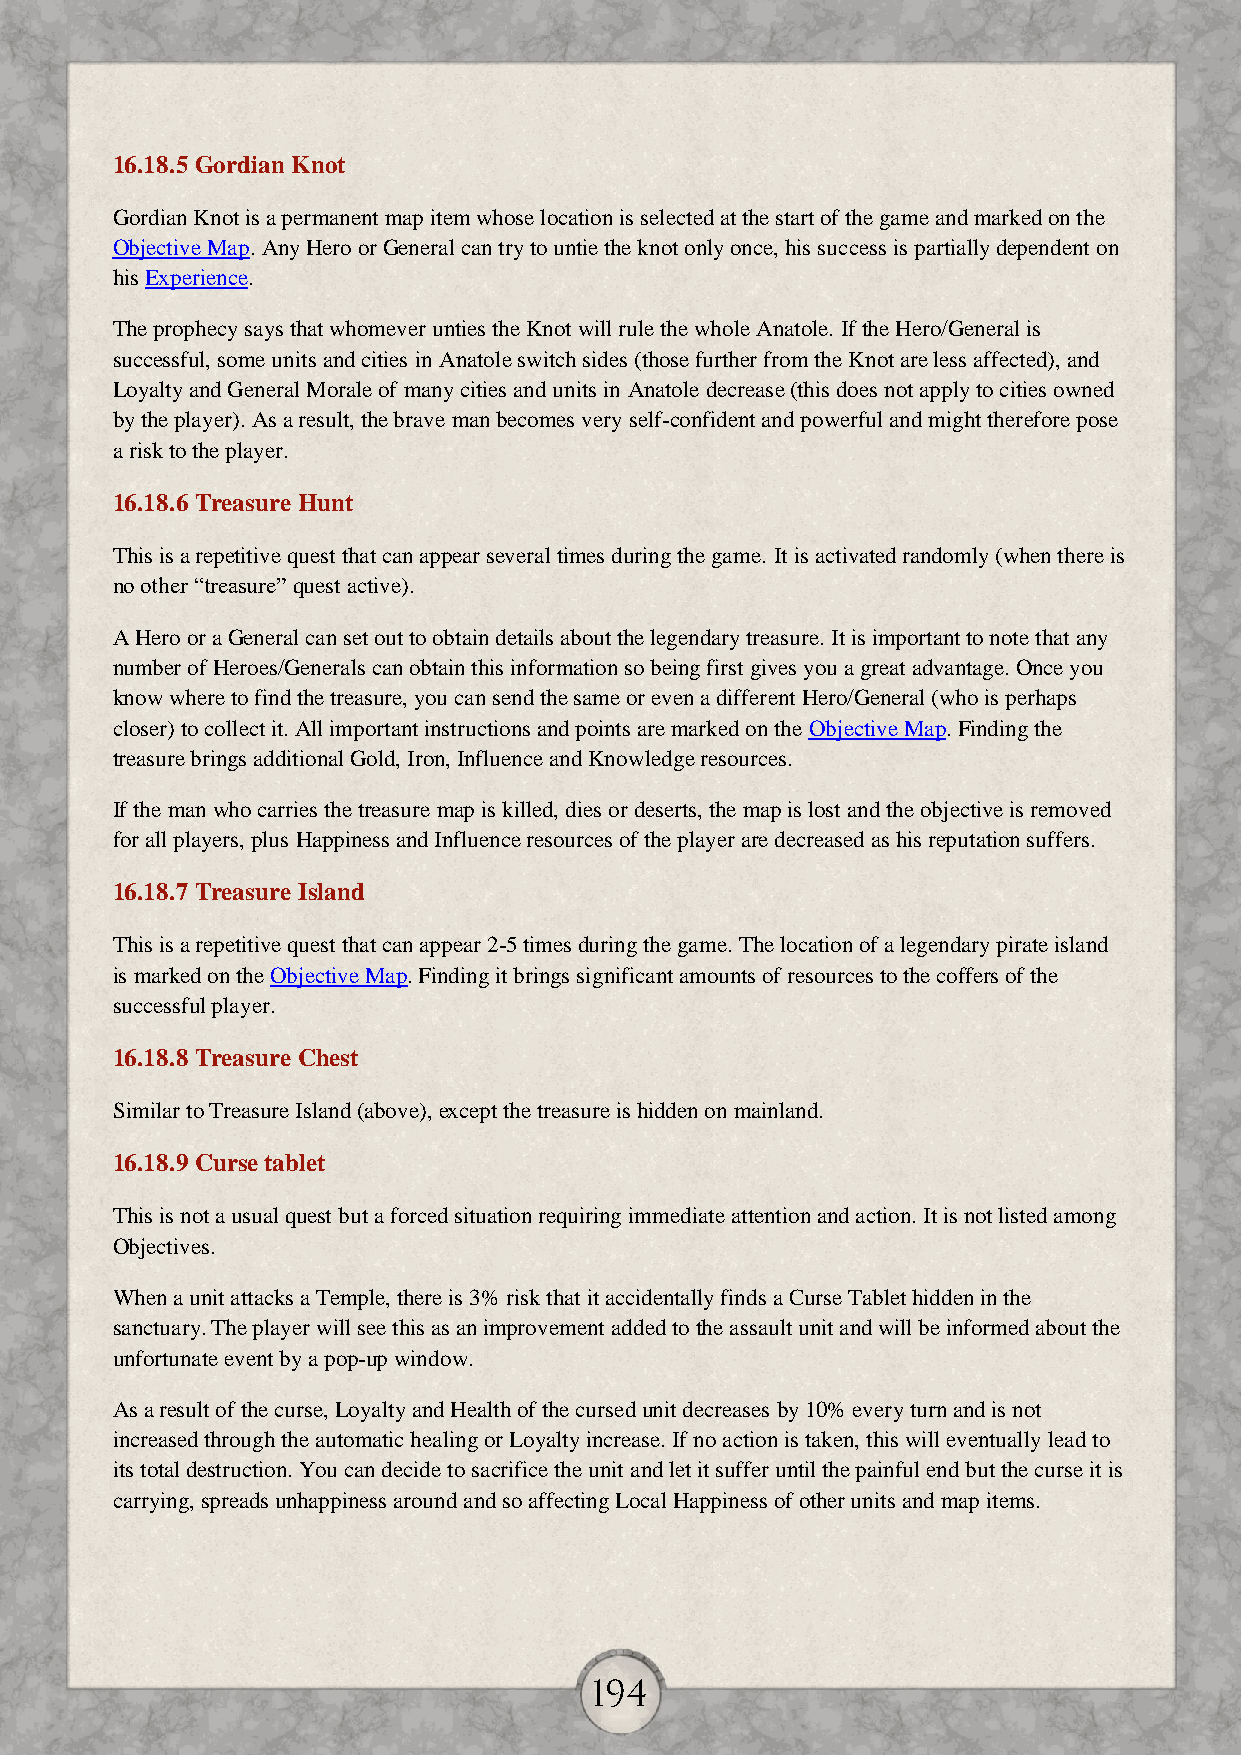
16.18.5 Gordian Knot
 Gordian Knot is a permanent map item whose location is selected at the start of the game and marked on the
 Objective Map. Any Hero or General can try to untie the knot only once, his success is partially dependent on
 his Experience.
 The prophecy says that whomever unties the Knot will rule the whole Anatole. If the Hero/General is
 successful, some units and cities in Anatole switch sides (those further from the Knot are less affected), and
 Loyalty and General Morale of many cities and units in Anatole decrease (this does not apply to cities owned
 by the player). As a result, the brave man becomes very self-confident and powerful and might therefore pose
 a risk to the player.
 16.18.6 Treasure Hunt
 This is a repetitive quest that can appear several times during the game. It is activated randomly (when there is
 no other “treasure” quest active).
 A Hero or a General can set out to obtain details about the legendary treasure. It is important to note that any
 number of Heroes/Generals can obtain this information so being first gives you a great advantage. Once you
 know where to find the treasure, you can send the same or even a different Hero/General (who is perhaps
 closer) to collect it. All important instructions and points are marked on the Objective Map. Finding the
 treasure brings additional Gold, Iron, Influence and Knowledge resources.
 If the man who carries the treasure map is killed, dies or deserts, the map is lost and the objective is removed
 for all players, plus Happiness and Influence resources of the player are decreased as his reputation suffers.
 16.18.7 Treasure Island
 This is a repetitive quest that can appear 2-5 times during the game. The location of a legendary pirate island
 is marked on the Objective Map. Finding it brings significant amounts of resources to the coffers of the
 successful player.
 16.18.8 Treasure Chest
 Similar to Treasure Island (above), except the treasure is hidden on mainland.
 16.18.9 Curse tablet
 This is not a usual quest but a forced situation requiring immediate attention and action. It is not listed among
 Objectives.
 When a unit attacks a Temple, there is 3% risk that it accidentally finds a Curse Tablet hidden in the
 sanctuary. The player will see this as an improvement added to the assault unit and will be informed about the
 unfortunate event by a pop-up window.
 As a result of the curse, Loyalty and Health of the cursed unit decreases by 10% every turn and is not
 increased through the automatic healing or Loyalty increase. If no action is taken, this will eventually lead to
 its total destruction. You can decide to sacrifice the unit and let it suffer until the painful end but the curse it is
 carrying, spreads unhappiness around and so affecting Local Happiness of other units and map items.
 194